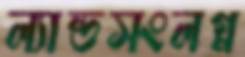
ল্যান্ডসংলগ্ন